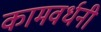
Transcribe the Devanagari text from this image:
कामवर्धनी